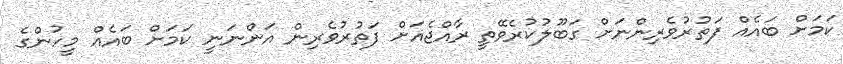
ކަމަށް ބައެއް ފަތުރުވެެރިންނަށް ގަބޫލުކުރެވޭތީ ރާއްޖެއަށް ފަތުރުވެރިން އަންނަނީ ކަމަށް ބައެއް މީހުންގެ